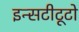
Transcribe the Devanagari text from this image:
इन्सटीटूटो